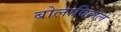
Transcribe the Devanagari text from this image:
बोलाविलेले